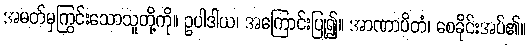
အမတ်မှကြွင်းသောသူတို့ကို။ ဥပါဒါယ၊ အကြောင်းပြု၍။ အာဏာပိတံ၊ စေခိုင်းအပ်၏။